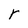
Character: r